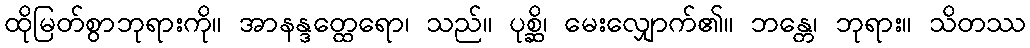
ထိုမြတ်စွာဘုရားကို။ အာနန္ဒတ္ထေရော၊ သည်။ ပုစ္ဆိ၊ မေးလျှောက်၏။ ဘန္တေ၊ ဘုရား။ သိတဿ